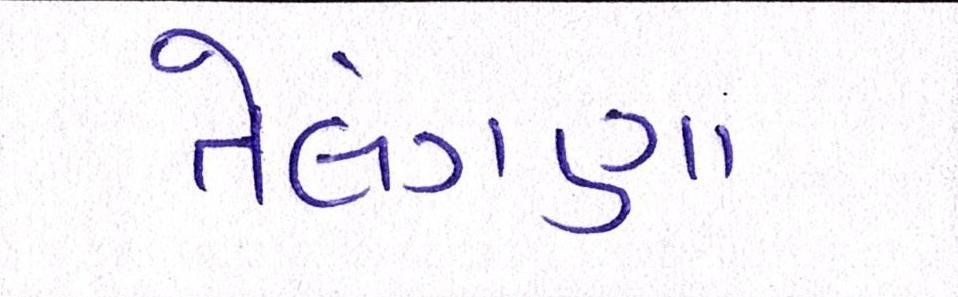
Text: તેલંગણા